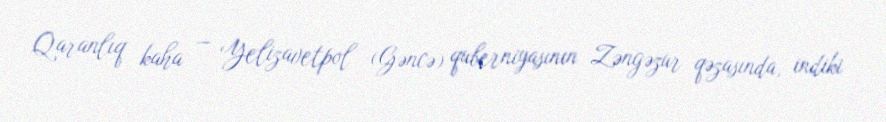
Qaranlıq kaha — Yelizavetpol (Gəncə) quberniyasının Zəngəzur qəzasında, indiki